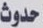
حدوث